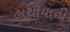
હાથીયાની